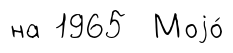
на 1965 Моjо́